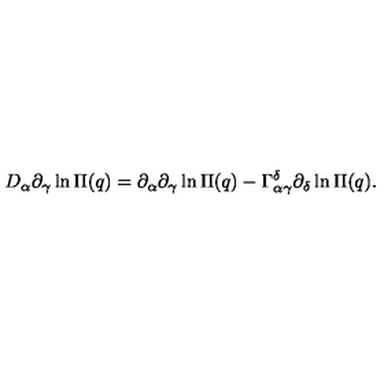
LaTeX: D _ { \alpha } \partial _ { \gamma } \ln \Pi ( q ) = \partial _ { \alpha } \partial _ { \gamma } \ln \Pi ( q ) - \Gamma _ { \alpha \gamma } ^ { \delta } \partial _ { \delta } \ln \Pi ( q ) .